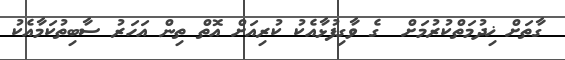
ގާތަށް ޚިދުމަތްކުރުމަށް  ގެ ވާގިފުޅާއެކު ކުރިއަށް އޮތް ތިން އަހަރު ސާބިތުކަމާއެކު